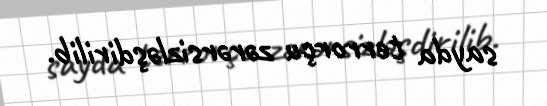
sayda terrorçu zərərsizləşdirilib.